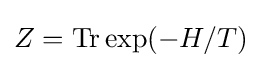
Z=\operatorname {Tr} \exp(-H/T)